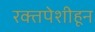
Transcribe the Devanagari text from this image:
रक्तपेशीहून